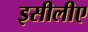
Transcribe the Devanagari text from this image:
इसीलीए